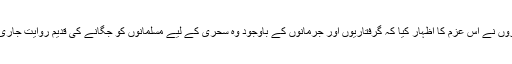
ادھر رضاکاروں نے اس عزم کا اظہار کیا کہ گرفتاریوں اور جرمانوں کے باوجود وہ سحری کے لیے مسلمانوں کو جگانے کی قدیم روایت جاری رکھیں گے۔